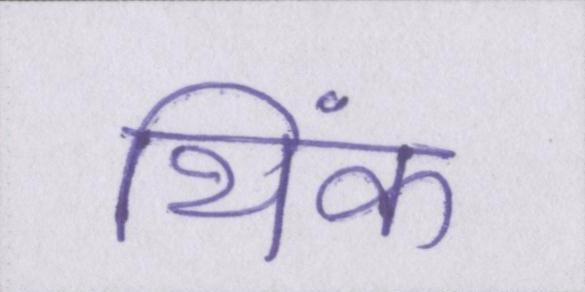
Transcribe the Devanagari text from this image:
थिंक